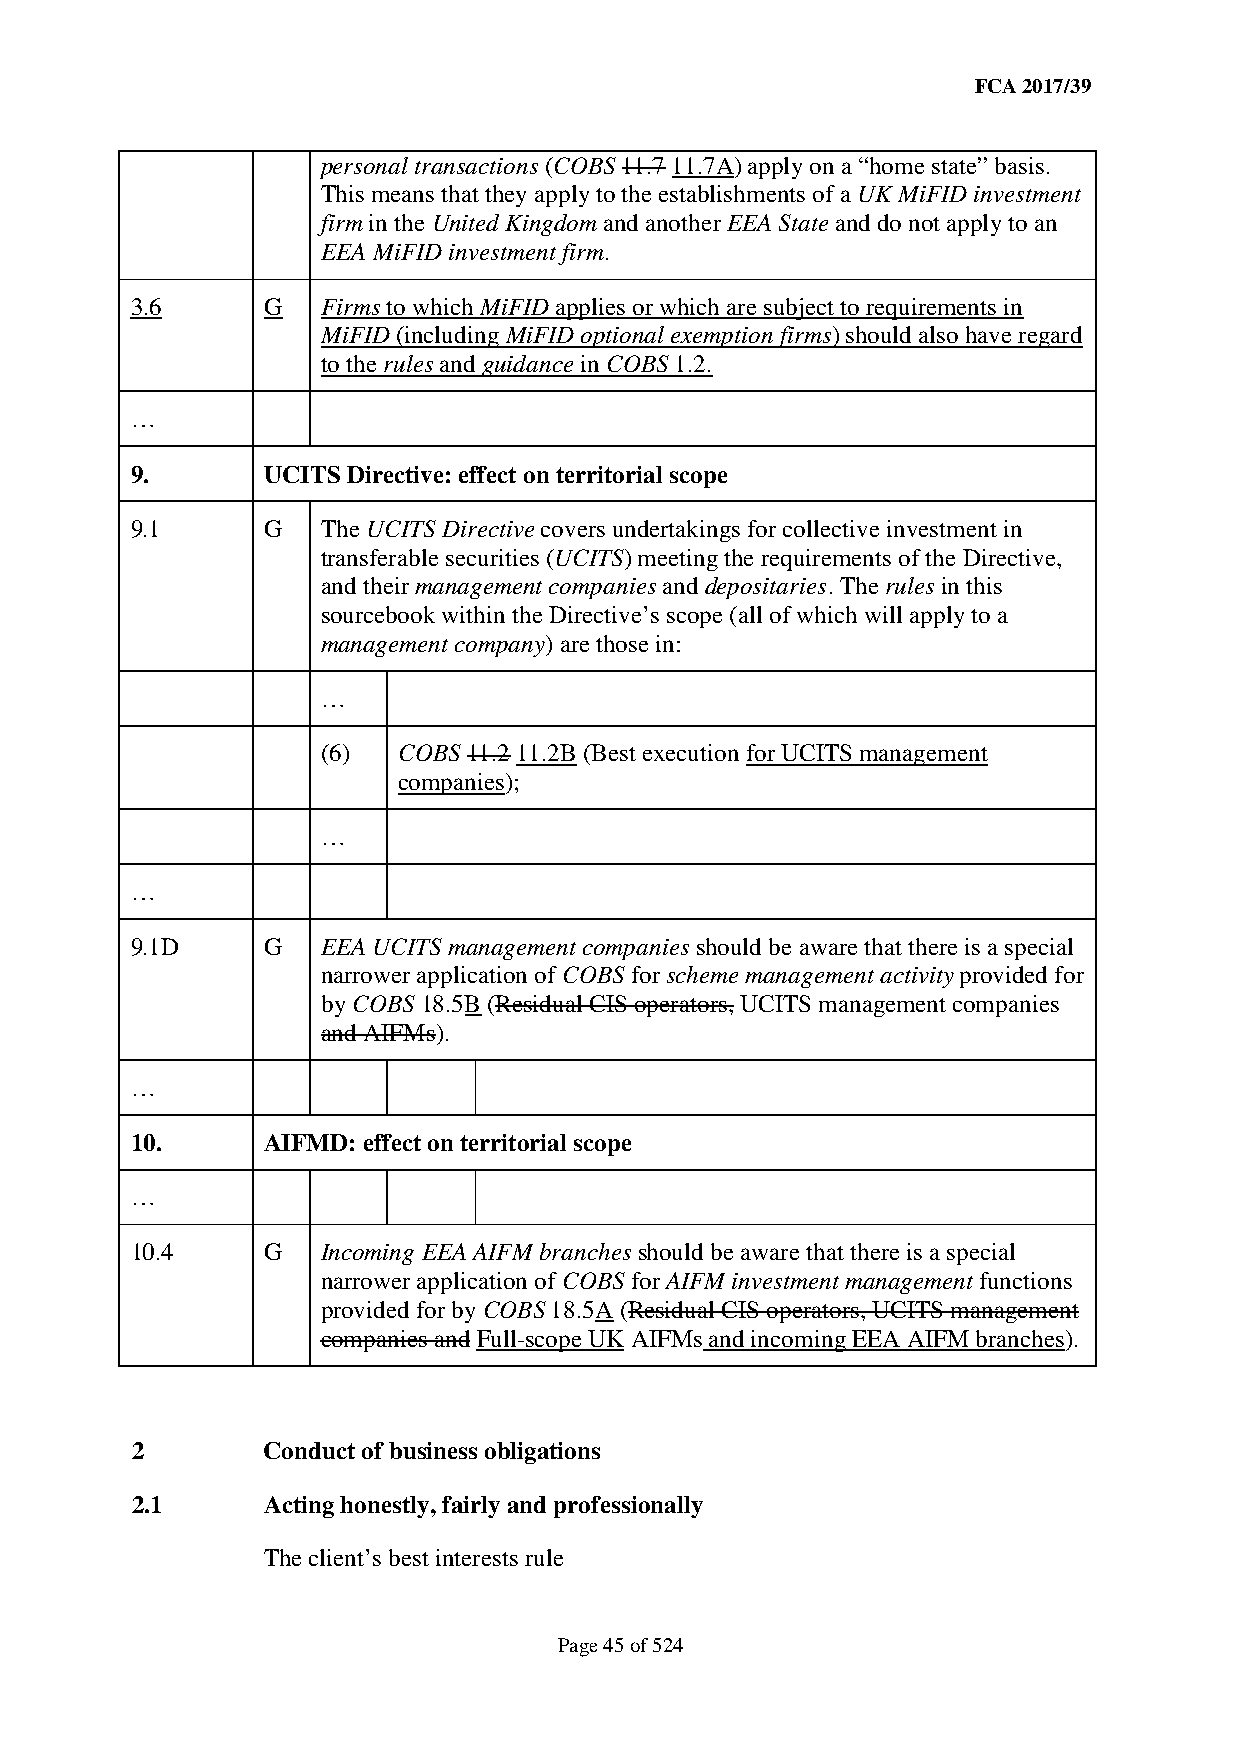
FCA 2017/39
 personal transactions (COBS 11.7 11.7A) apply on a “home state” basis.
 This means that they apply to the establishments of a UK MiFID investment
 firm in the United Kingdom and another EEA State and do not apply to an
 EEA MiFID investment firm.
 3.6     G   Firms to which MiFID applies or which are subject to requirements in
 MiFID (including MiFID optional exemption firms) should also have regard
 to the rules and guidance in COBS 1.2.
 …
 9.      UCITS Directive: effect on territorial scope
 9.1     G   The UCITS Directive covers undertakings for collective investment in
 transferable securities (UCITS) meeting the requirements of the Directive,
 and their management companies and depositaries. The rules in this
 sourcebook within the Directive’s scope (all of which will apply to a
 management company) are those in:
 …
 (6)  COBS 11.2 11.2B (Best execution for UCITS management
 companies);
 …
 …
 9.1D    G   EEA UCITS management companies should be aware that there is a special
 narrower application of COBS for scheme management activity provided for
 by COBS 18.5B (Residual CIS operators, UCITS management companies
 and AIFMs).
 …
 10.     AIFMD: effect on territorial scope
 …
 10.4    G   Incoming EEA AIFM branches should be aware that there is a special
 narrower application of COBS for AIFM investment management functions
 provided for by COBS 18.5A (Residual CIS operators, UCITS management
 companies and Full-scope UK AIFMs and incoming EEA AIFM branches).
 2       Conduct of business obligations
 2.1     Acting honestly, fairly and professionally
 The client’s best interests rule
 Page 45 of 524